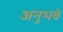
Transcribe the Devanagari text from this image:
अनुभवे